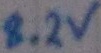
Text: 8.2V